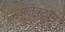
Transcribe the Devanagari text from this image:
अलेक्ट्रॉन